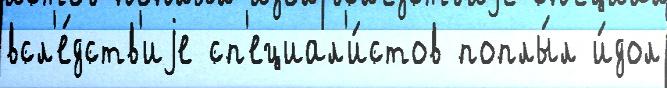
всл'е́дств'иjе сп'ециал'и́стов поплы́л и́дол